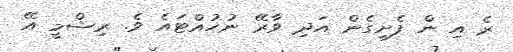
ރެ އި ން ފެށިގެން އަދި ވާރޭ ނުހުއްޓައެ ވެ. ރިޝްމީ އޭ